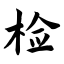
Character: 检